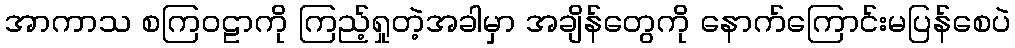
အာကာသ စကြဝဠာကို ကြည့်ရှုတဲ့အခါမှာ အချိန်တွေကို နောက်ကြောင်းမပြန်စေပဲ